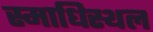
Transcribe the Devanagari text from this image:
स्माधिस्थल